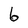
Character: 6